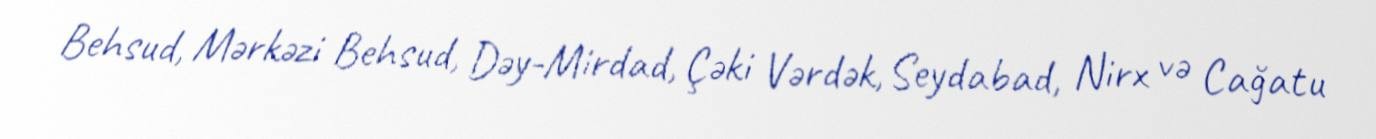
Behsud, Mərkəzi Behsud, Dəy-Mirdad, Çəki Vərdək, Seydabad, Nirx və Cağatu